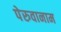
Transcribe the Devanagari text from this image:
पेरुवानाम